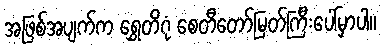
အဖြစ်အပျက်က ရွှေတိဂုံ စေတီတော်မြတ်ကြီးပေါ်မှာပါ။